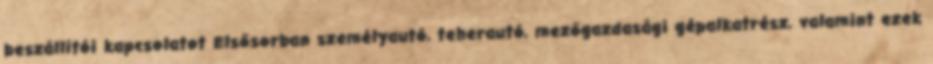
beszállítói kapcsolatot Elsősorban személyautó, teherautó, mezőgazdasági gépalkatrész, valamint ezek